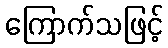
ကြောက်သဖြင့်